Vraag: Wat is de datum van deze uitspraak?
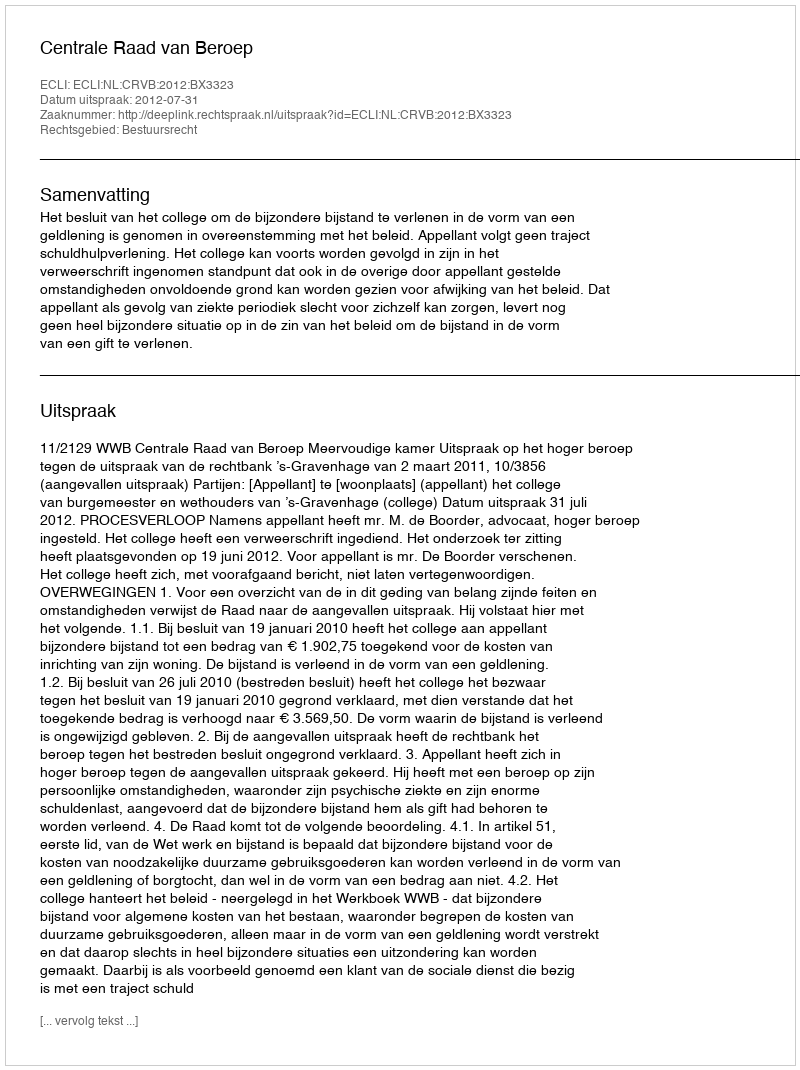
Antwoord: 2012-07-31